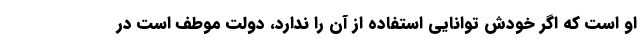
او است که اگر خودش توانایی استفاده از آن را ندارد، دولت موطف است در